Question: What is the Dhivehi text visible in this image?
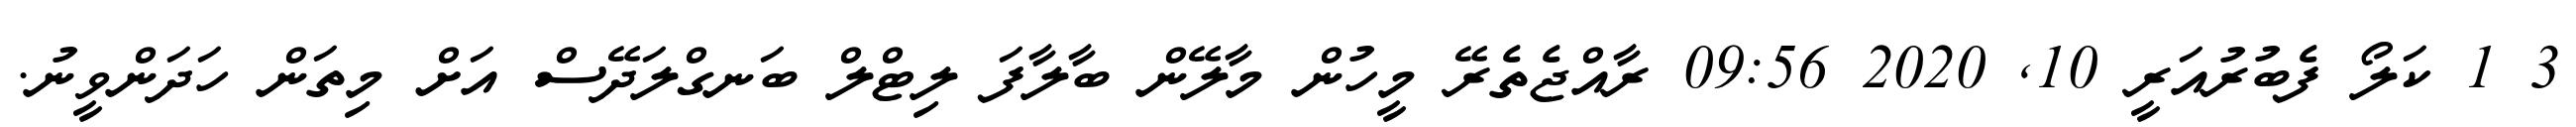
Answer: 3 1 ކަލޯ ފެބުރުއަރީ 10, 2020 09:56 ރާއްޖެތެރޭ މީހުން މާލޭން ބާލާފަ ލިޓްލް ބަނގްލަދޭސް އަށް މިތަން ހަދަންވީނު.